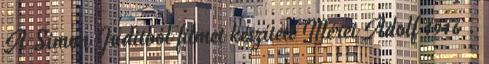
A Simon Juditból filmet készített Mérei Adolf 1916 .